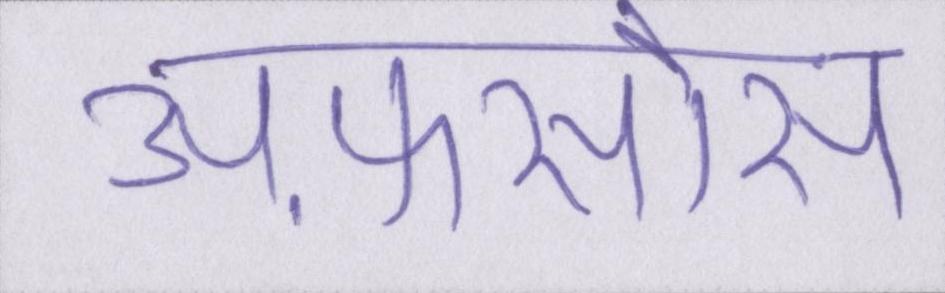
अफ़सोस